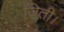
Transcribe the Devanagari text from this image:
जिती।